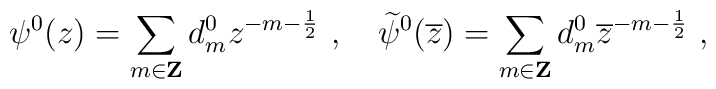
\psi^{0}(z)=\sum_{m\in{\bf Z}}d^{0}_{m}z^{-m-\frac{1}{2}}~,\quad \widetilde{\psi}^{0}(\overline{z})    =\sum_{m\in{\bf Z}}d^{0}_{m}\overline{z}^{-m-\frac{1}{2}}~,